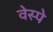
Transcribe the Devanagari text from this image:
वेस्पे